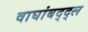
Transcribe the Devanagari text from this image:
वाघांबद्द्ल